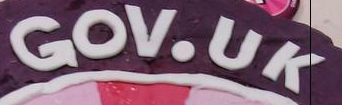
GOV.UK